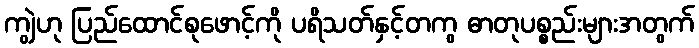
ကျွဲဟု ပြည်ထောင်စုဖောင့်ကို ပရိသတ်နှင့်တကွ ဓာတုပစ္စည်းများအတွက်